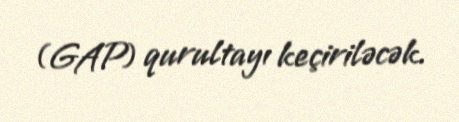
(GAP) qurultayı keçiriləcək.